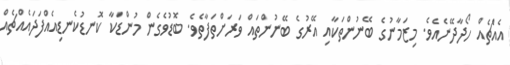
އެއެްޗެއް ހޯދާދޭނެއެވެ. މިޒަމާނުގެ ބޭނުންތަކާއި އޭރުގެ ބޭނުންތައް ވަރަށްތަފާތެވެ. ބޮޑުވެގެން މުންޑަކާ ކޮނޑުކެނޑިއެއްފަދައެއްޗެއް